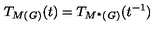
T _ { M ( \mathit { G ) } } ( t ) = T _ { M ^ { \ast } ( \mathit { G ) } } ( t ^ { - 1 } )